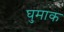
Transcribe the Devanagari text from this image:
घुमाक